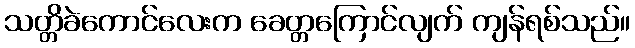
သတ္တိခဲကောင်လေးက ခေတ္တကြောင်လျက် ကျန်ရစ်သည်။